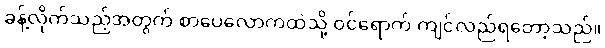
ခန့်လိုက်သည့်အတွက် စာပေလောကထဲသို့ ဝင်ရောက် ကျင်လည်ရတော့သည်။